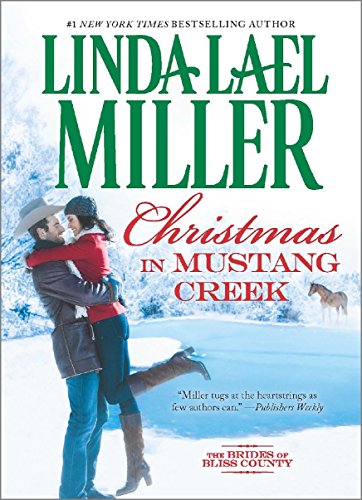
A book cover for Christmas in Mustang Creek (The Brides of Bliss County); Linda Lael Miller; Romance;